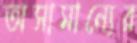
অসামান্যের